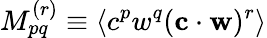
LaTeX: M_{pq}^{(r)}\equiv\langle c^{p}w^{q}(\mathbf{c}\cdot\mathbf{w})^{r}\rangle